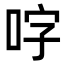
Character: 𭇬